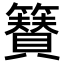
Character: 𮆫